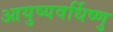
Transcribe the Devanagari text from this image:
आयुष्यवर्धिष्णु